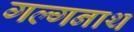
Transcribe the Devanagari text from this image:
गल्गनाथ